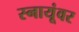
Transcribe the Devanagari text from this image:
स्नायूंवर